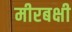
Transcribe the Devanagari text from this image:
मीरबक्षी